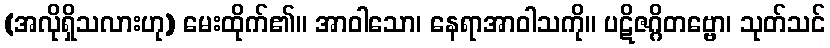
(အလိုရှိသလားဟု) မေးထိုက်၏။ အာဝါသော၊ နေရာအာဝါသကို။ ပဋိဇဂ္ဂိတဗ္ဗော၊ သုတ်သင်